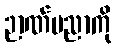
ဉာဏ်ပညာကို